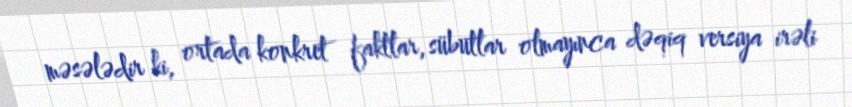
məsələdir ki, ortada konkret faktlar, sübutlar olmayınca dəqiq versiya irəli